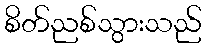
စိတ်ညစ်သွားသည်